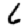
Digit: 6